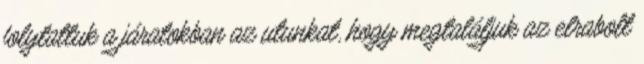
folytattuk a járatokban az utunkat, hogy megtaláljuk az elrabolt